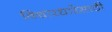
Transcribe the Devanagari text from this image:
विचारधारेसाठी